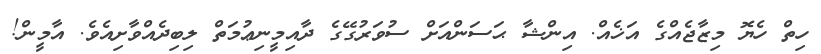
ހިތް ހެޔޮ މިޒާޖެއްގެ އަޚެއް. އިންޝާ ޙަސަންއަށް ސުވަރުގޭގެ ދާއިމީނިޢުމަތް ލިބިދެއްވާށިއެވެ. އާމީން!